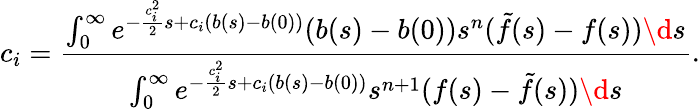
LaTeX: c_{i}=\frac{\int_{0}^{\infty}e^{-\frac{c_{i}^{2}}{2}s+c_{i}(b(s)-b(0))}(b(s)-b(0))s^{n}(\tilde{f}(s)-f(s))\d s}{\int_{0}^{\infty}e^{-\frac{c_{i}^{2}}{2}s+c_{i}(b(s)-b(0))}s^{n+1}(f(s)-\tilde{f}(s))\d s}.